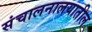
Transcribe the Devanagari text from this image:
संचालनालयातील